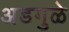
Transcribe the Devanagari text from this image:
अडगुळे